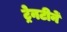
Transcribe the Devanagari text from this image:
ट्रेनटीनें